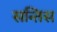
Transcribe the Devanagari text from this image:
सन्तिस